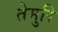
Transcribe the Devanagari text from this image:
तेमुरि